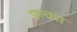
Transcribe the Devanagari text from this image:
फ्ल्क्स